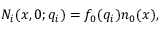
N _ { i } ( x , 0 ; q _ { i } ) = f _ { 0 } ( q _ { i } ) n _ { 0 } ( x ) ,